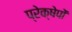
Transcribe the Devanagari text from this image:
प्रेक्षेपों